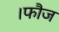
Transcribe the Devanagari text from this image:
।फौज